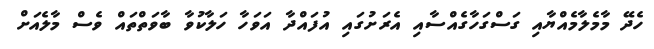
ހެދޭ މާމެލާމެއްޔާއި ގަސްގަހާގެއްސާއި އެރަށުގައި އުފައްދާ އަވަހާ ހަލާކުވާ ބާވަތްތައް ވެސް މާލެއަށް